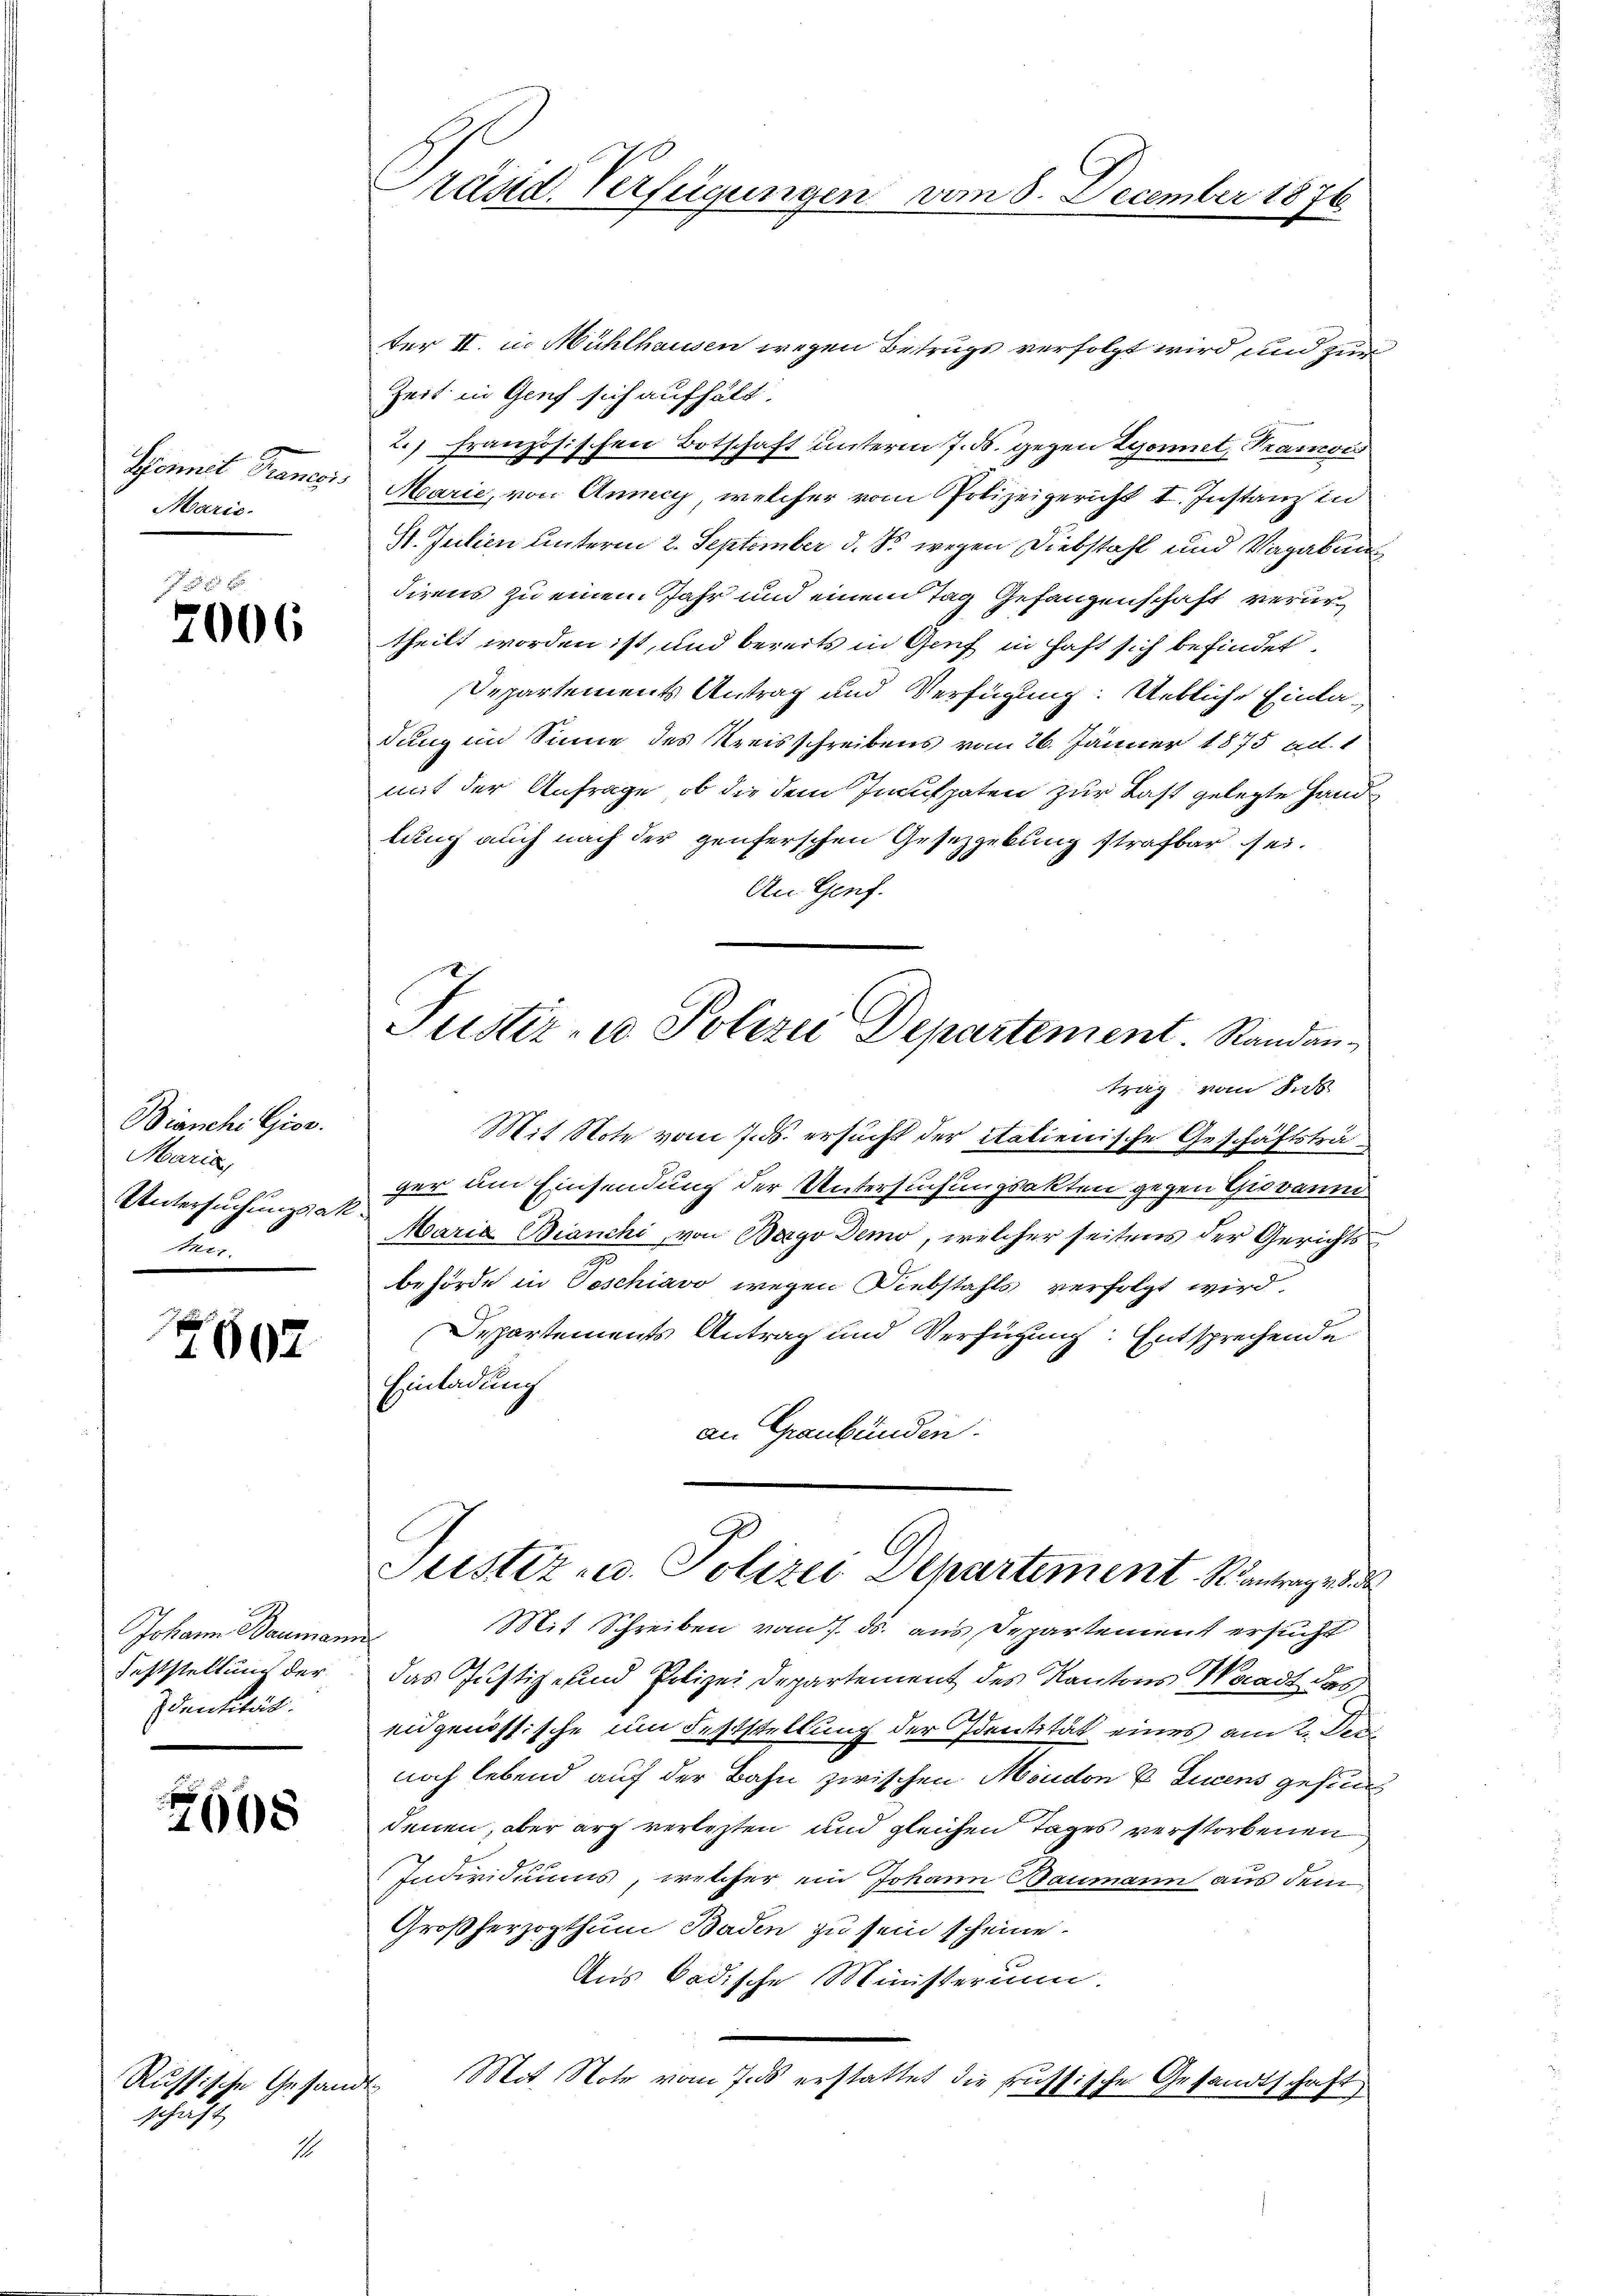
Scomit Traner
Marie.

2006

Bianchi Gior.
Maria,
Untersuchungsan
2
.

7602

JJohann Baumann
Feststellung der
Identität.

7605

Russische Gesandt
schäft
1

Präsid. Verfügungen vom 8. December 1876

Justiz- u Polizei Departement. Randan¬

ter II. in Mühlhausen wegen Betrugs verfolgt wird und zur
Zeit in Genf sich aufhält.
2.) Französischen Botschaft unterm 7. ds. gegen Zyornet, Tramois
Marie, von Anny, welcher vom Polizeigericht I. Instanz in
St. Julien unterm 2. September d. S. wegen Diebstahl und Vagabung
direns zu einem Jahr und einem Tag Gefangenschaft verurtheilt worden ist, und bereits in Genf in haft sich befindet,
Departements Antrag und Verfügung: Uebliche Einladungen Sinne des Kreisschreibens vom 26. Jänner 1875 ad. 1
mit der Anfrage, ob die dem Inculpaten zur Last gelegte Handlung auch nach der genferschen Gesetzgebung strafbar sei.
An Genf.
trag vom dass
Mit Note vom 7. ds. ersucht der italienische Geschäftsträger um Einsendung der Untersuchungsakten gegen Giovaum
Maria Bianchi, von Bergo Demo, welcher seitens der Gerichts
behörde in Voschiavo wegen Diebstahls verfolgt wird.
Departements Antrag und Verfügung: Entsprechende
Einladung
an Graubünden:
Justiz- u. Polizei Departement Santrages de
Mit Schreiben vom 7. ds. aus Departement ersucht
das Justiz- und Polizei Departement des Kantons Waadt das
eidgenössische um Feststellung der Identität eines am 2. Der
noch lebend auf der Bahn zwischen Moudon u. Lucens gesund
denen, aber arz verlezten und gleichen Tages verstorbenen
Individuums, welcher ein Johann Baumann aus dem
Großherzogthum Baden zu sein scheine.
Aus Badische Ministerium.
Mit Note vom 7. ds erstattet die russische Gesandtschaft